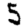
Digit: 5